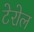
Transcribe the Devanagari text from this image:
टेरोल